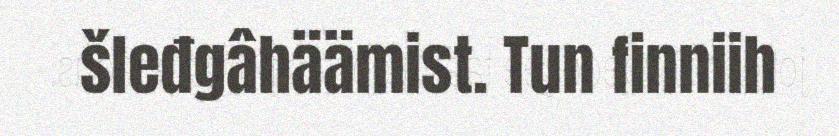
šleđgâhäämist. Tun finniih